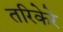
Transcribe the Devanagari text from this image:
तरिकेरे